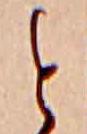
と